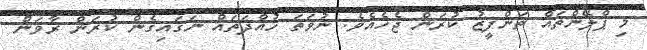
މި ޕްލޭންތައް ތަންފީޒު ކުރަން ޖެހެއެވެ. ނުވަތަ ހުއްދަތައް ނަގައިގެން ކުރަން ރާވަން